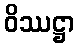
ဝိဿဋ္ဌာ